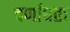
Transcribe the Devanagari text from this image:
वर्णाधता